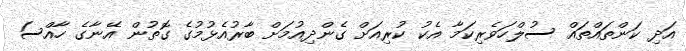
އަދި ކަންތައްތައް ސުލްހަވެރިކަމާ އެކު ކުރިއަށް ގެންދިއުމަށް ބާރުއެޅުމުގެ ގޮތުން އޭނާގެ ހާއްސަ